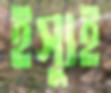
ইস্যুই